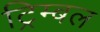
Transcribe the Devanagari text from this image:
ट्रिम्बल